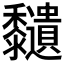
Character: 𪐔